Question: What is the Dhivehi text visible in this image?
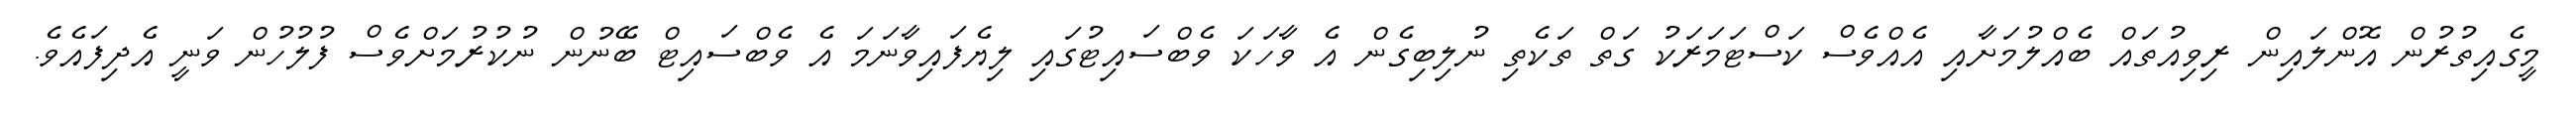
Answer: މީގެއިތުރުން އޮންލައިން ރިވިއުތައް ބެއްލުމަށާއި އެއްވެސް ކަސްޓަމަރަކު ގަތް ތަކެތި ނުލިބިގެން އެ ވާހަކަ ވެބްސައިޓުގައި ލިޔެފައިވާނަމަ އެ ވެބްސައިޓް ބޭނުން ނުކުރުމަށްވެސް ފުލުހުން ވަނީ އެދިފައެވެ.